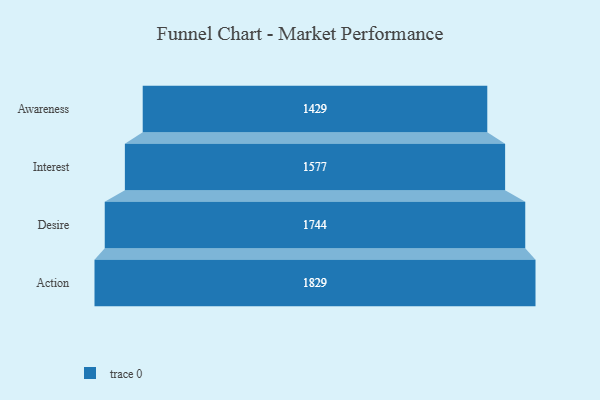
{"axis": {"x": "Stage", "y": "Value"}, "legend": [""], "data": [{"x": "Awareness", "y": 1429.0, "type": ""}, {"x": "Interest", "y": 1577.0, "type": ""}, {"x": "Desire", "y": 1744.0, "type": ""}, {"x": "Action", "y": 1829.0, "type": ""}]}